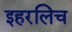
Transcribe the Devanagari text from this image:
इहरलिच